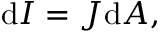
\mathrm { d } I = J { \mathrm { d } A } , \,